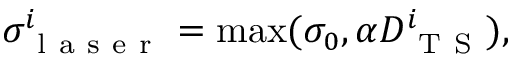
\begin{array} { r } { \sigma _ { \mathrm { ~ l ~ a ~ s ~ e ~ r ~ } } ^ { i } = \operatorname* { m a x } ( \sigma _ { 0 } , \alpha D _ { \mathrm { ~ T ~ S ~ } } ^ { i } ) , } \end{array}